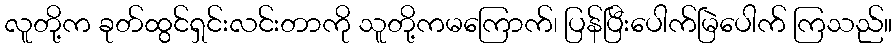
လူတို့က ခုတ်ထွင်ရှင်းလင်းတာကို သူတို့ကမကြောက်၊ ပြန်ပြီးပေါက်မြဲပေါက် ကြသည်။